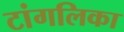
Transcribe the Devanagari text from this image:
टांगलिका